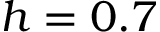
h = 0 . 7